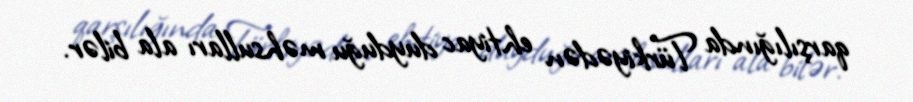
qarşılığında Türkiyədən ehtiyac duyduğu məhsulları ala bilər.